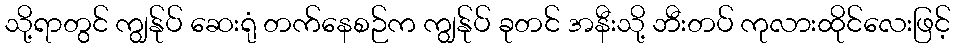
သို့ရာတွင် ကျွန်ုပ် ဆေးရုံ တက်နေစဉ်က ကျွန်ုပ် ခုတင် အနီးသို့ ဘီးတပ် ကုလားထိုင်လေးဖြင့်